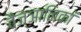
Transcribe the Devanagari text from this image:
वैज्ञानिकां